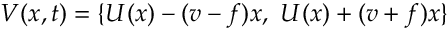
V ( x , t ) = \{ U ( x ) - ( v - f ) x , ~ U ( x ) + ( v + f ) x \}